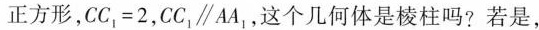
正方形，$$C C _ { 1 } = 2$$，CC_{1}\parallel AA_{1}，这个几何体是棱柱吗?若是，